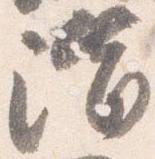
階